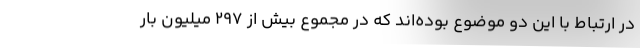
در ارتباط با این دو موضوع بوده‌اند که در مجموع بیش از ۲۹۷ میلیون بار